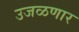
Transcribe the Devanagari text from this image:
उजळणार